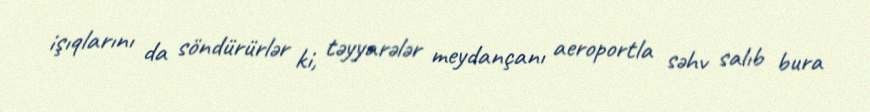
işıqlarını da söndürürlər ki, təyyarələr meydançanı aeroportla səhv salıb bura